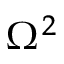
\Omega ^ { 2 }